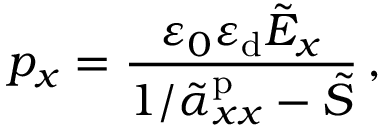
p _ { x } = \frac { \varepsilon _ { 0 } \varepsilon _ { \mathrm { d } } \tilde { E } _ { x } } { 1 / \tilde { \alpha } _ { x x } ^ { \mathrm { p } } - \tilde { S } } \, ,